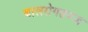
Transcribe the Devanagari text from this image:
बालरोगतज्‍ज्ञ